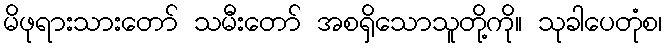
မိဖုရားသားတော် သမီးတော် အစရှိသောသူတို့ကို။ သုခါပေတုံစ၊